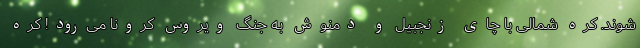
شوند. کره شمالی با چای زنجبیل و دمنوش به جنگ ویروس کرونا می‌رود! کره